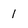
Character: 1